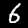
Digit: 6